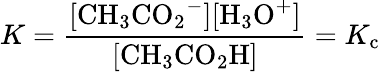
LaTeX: K={\frac{\mathrm{[{CH_{3}CO_{2}}^{-}][{H_{3}O}^{+}]}}{\mathrm{[{CH_{3}CO_{2}H}]}}}=K_{\mathrm{c}}